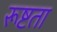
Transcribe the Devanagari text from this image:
रूष्टता